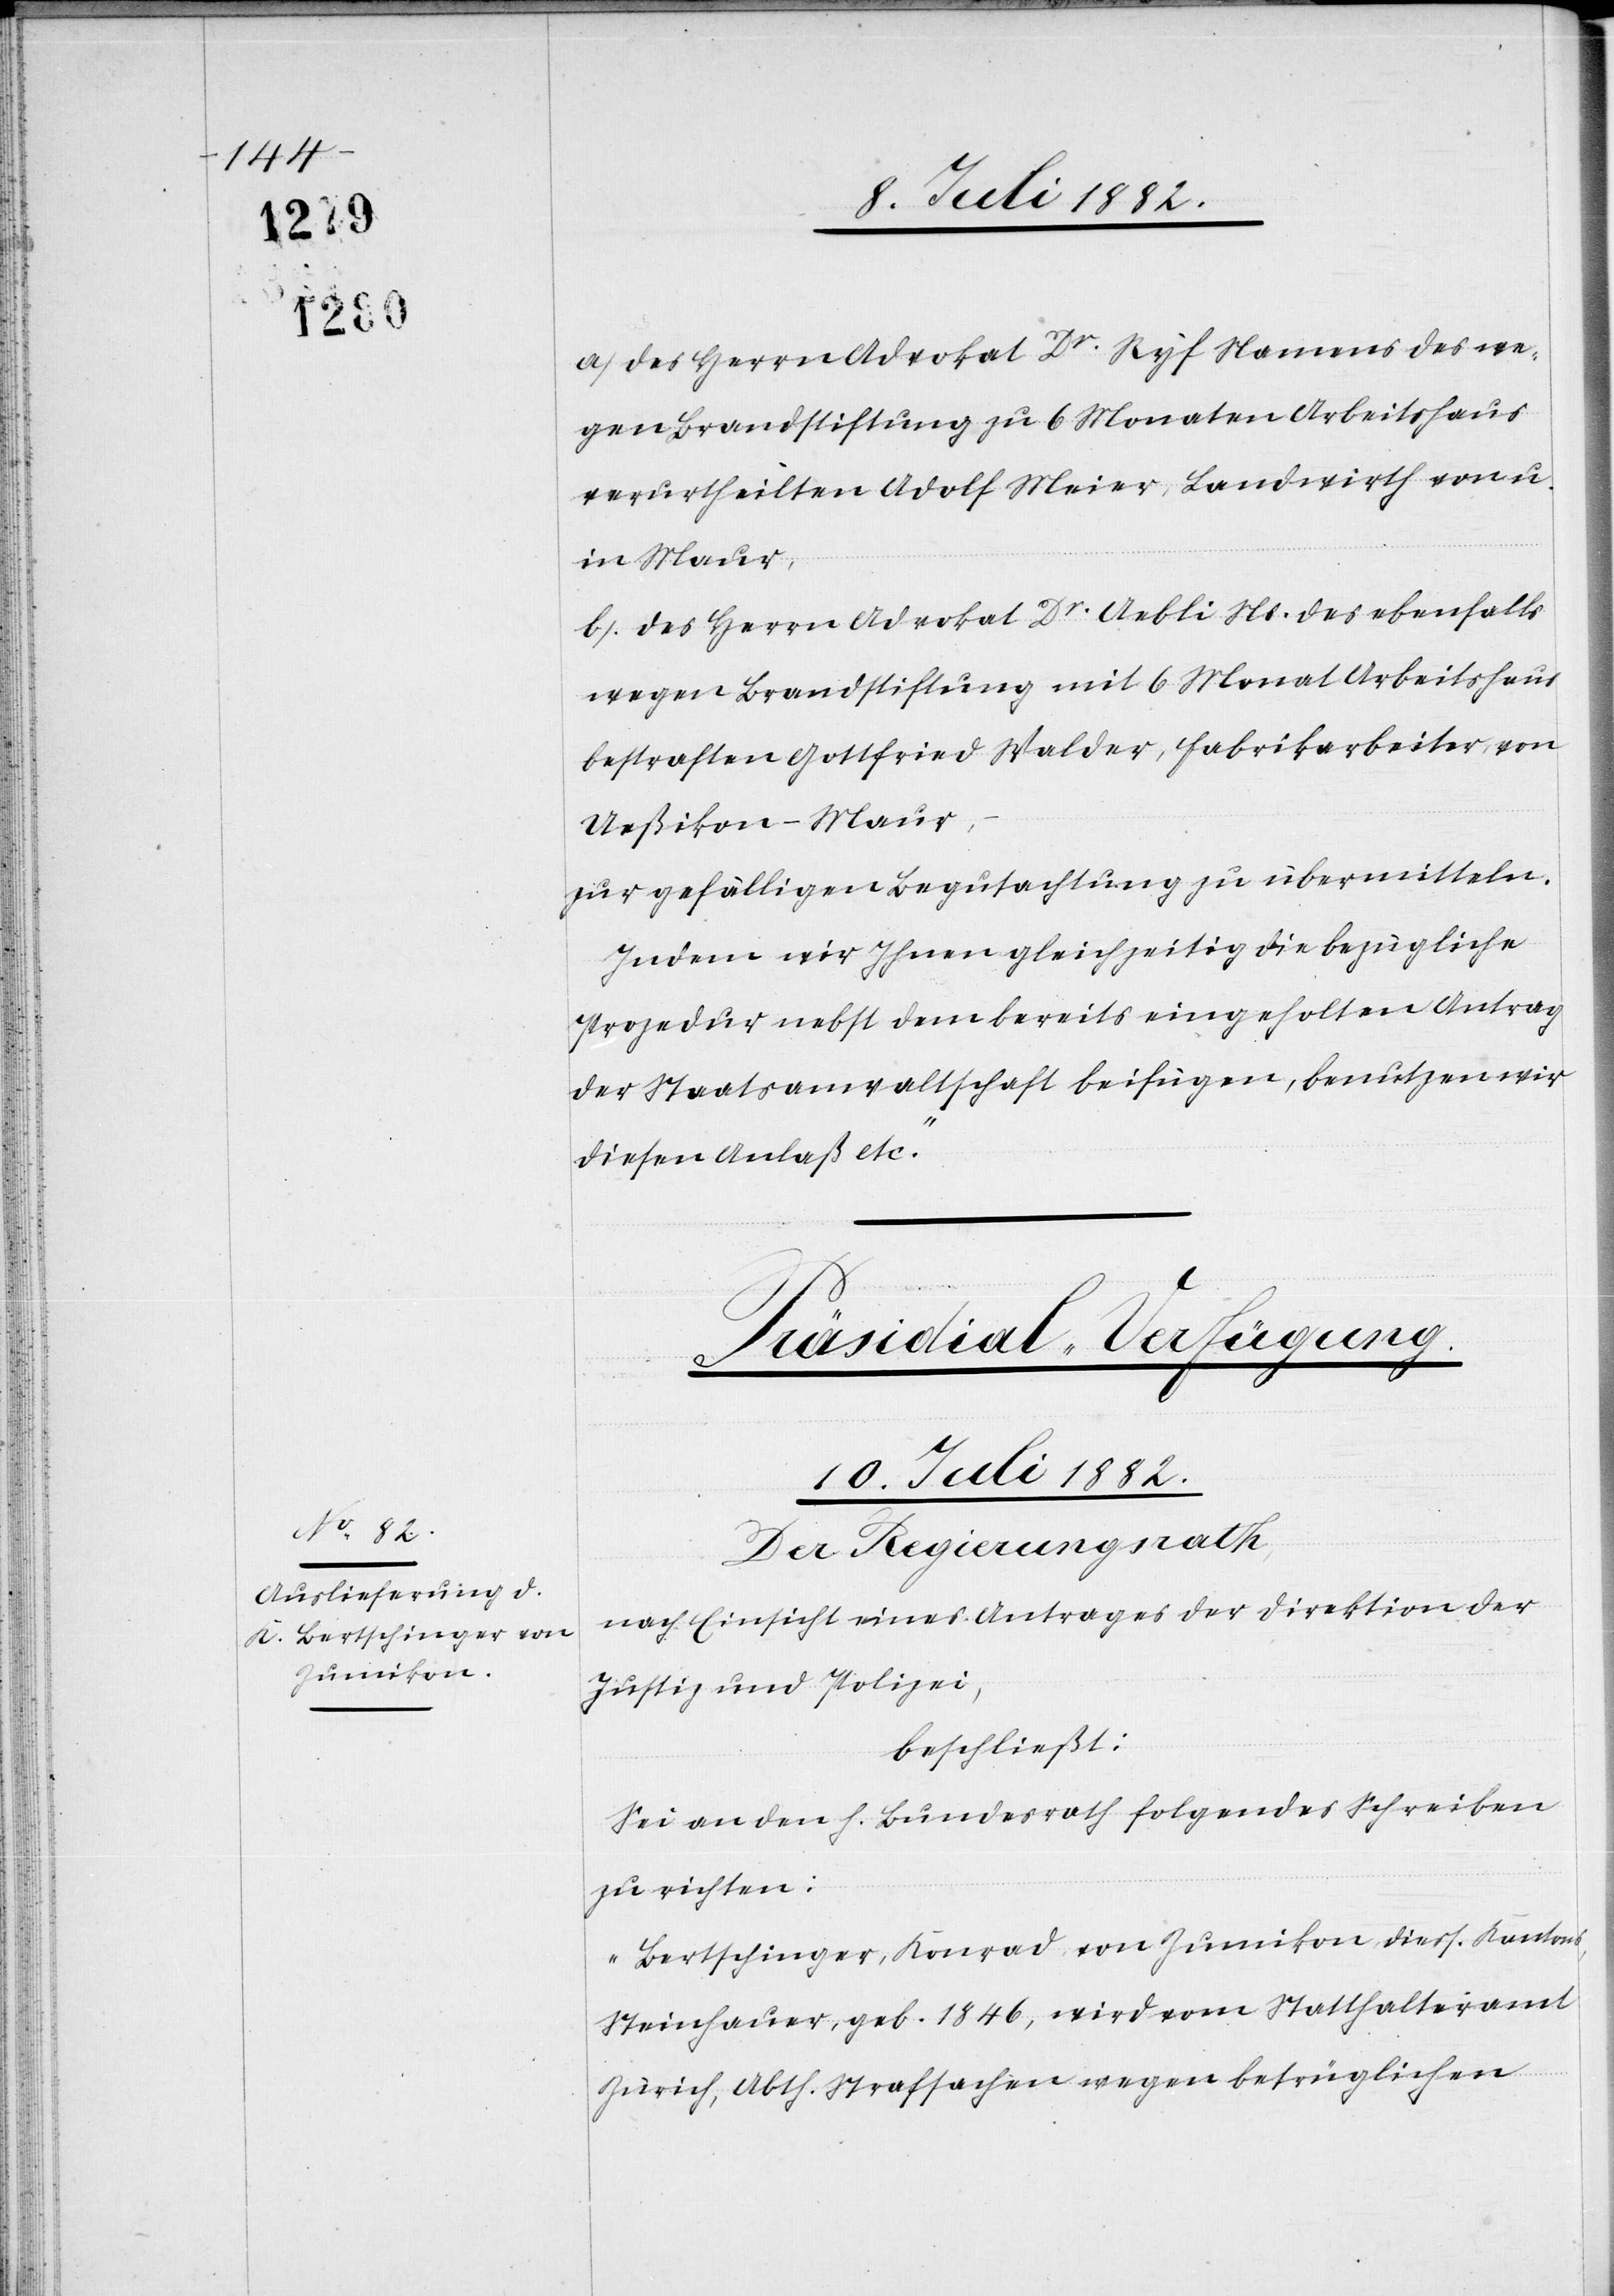
a) des Herrn Advokat Dr Ryf Namens des we¬
gen Brandstiftung zu 6 Monaten Arbeitshaus
verurtheilten Adolf Meier, Landwirth von u.
in Maur,
b) des Herrn Advokat Dr Aebli Ns. des ebenfalls
wegen Brandstiftung mit 6 Monat Arbeitshaus
bestraften Gottfried Walder, Fabrikarbeiter, von
Ueßikon - Maur,
zur gefälligen Begutachtung zu übermitteln.
Indem wir Ihnen gleichzeitig die bezügliche
Prozedur nebst dem bereits eingeholten Antrag
der Staatsanwaltschaft beifügen, benutzen wir
diesen Anlaß etc.“
Präsidial-Verfügung.
10. Juli 1882.
Der Regierungsrath,
nach Einsicht eines Antrages der Direktion der
Justiz & Polizei,
beschließt:
Sei an den h. Bundesrath folgendes Schreiben
zu richten:
„Bertschinger, Konrad, von Zumikon, diess. Kantons,
Steinhauer, geb. 1846, wird vom Statthalteramt
Zürich, Abth. Strafsachen wegen betrüglichen